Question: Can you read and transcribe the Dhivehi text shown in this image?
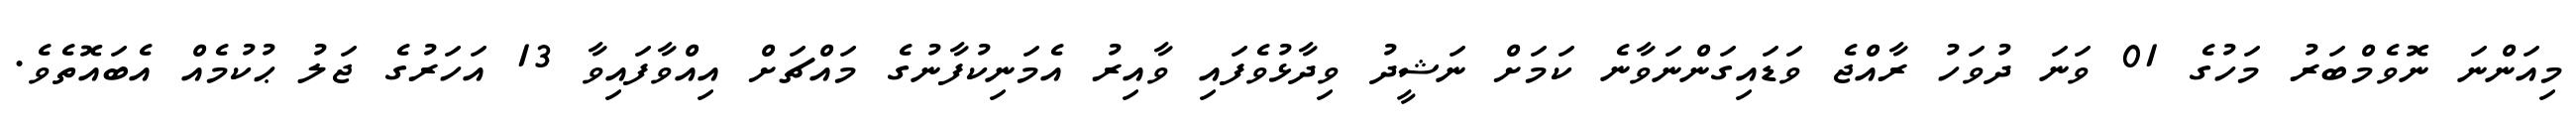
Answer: މިއަންނަ ނޮވެމްބަރު މަހުގެ 01 ވަނަ ދުވަހު ރާއްޖެ ވަޑައިގަންނަވާނެ ކަމަށް ނަޝީދު ވިދާޅުވެފައި ވާއިރު އެމަނިކުފާނުގެ މައްޗަށް އިއްވާފައިވާ 13 އަހަރުގެ ޖަލު ޙުކުމެއް އެބައޮތެވެ.